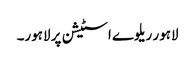
لاہور ریلوے اسٹیشن پر لاہور۔